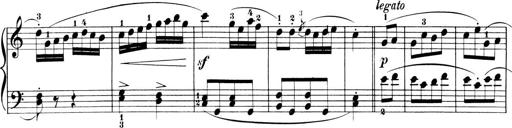
Title: 6 Piano Sonatinas
Composer: Cornelius Gurlitt